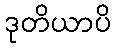
ဒုတိယာပိ